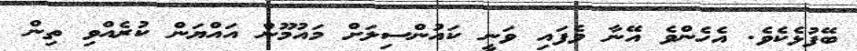
ބޭފުޅެކެވެ. އެހެންވެ އޭނާ ވެފައި ވަނީ ކައުންސިލަށް މައުމޫން އައްޔަން ކުރެއްވި ތިން